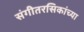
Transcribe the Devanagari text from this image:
संगीतरसिकांच्या